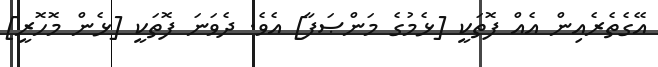
އޭގެތެރެއިން އެއް ފޮތަކީ [ޅެމުގެ މަންޞަފާ] އެވެ. ދެވަނަ ފޮތަކީ [ޅެން މޮހޮރީ]